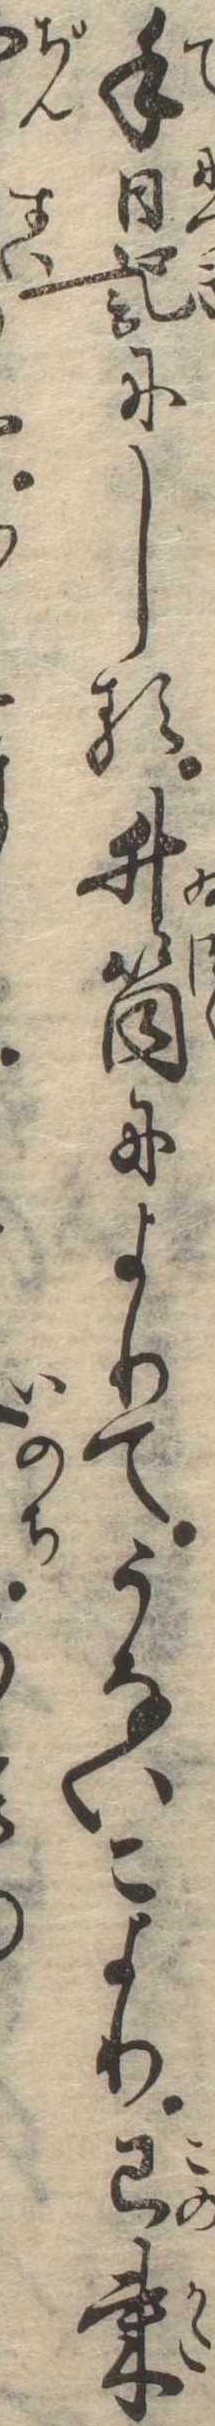
手日記にしる井筒によりてうないこより已来